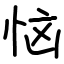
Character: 恼